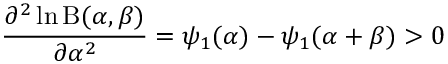
{ \frac { \partial ^ { 2 } \ln \mathrm { B } ( \alpha , \beta ) } { \partial \alpha ^ { 2 } } } = \psi _ { 1 } ( \alpha ) - \psi _ { 1 } ( \alpha + \beta ) > 0